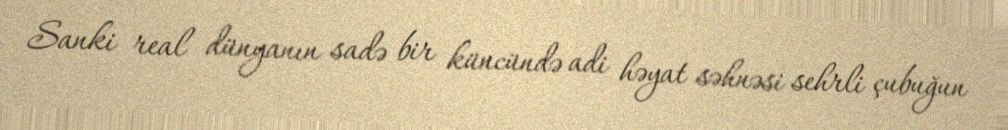
Sanki real dünyanın sadə bir küncündə adi həyat səhnəsi sehrli çubuğun